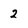
Character: 2